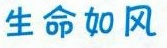
生命如风